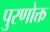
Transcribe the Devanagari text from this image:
पुरणोक्त